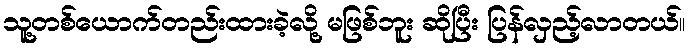
သူ့တစ်ယောက်တည်းထားခဲ့လို့ မဖြစ်ဘူး ဆိုပြီး ပြန်လှည့်လာတယ်။